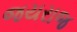
જયરાજ